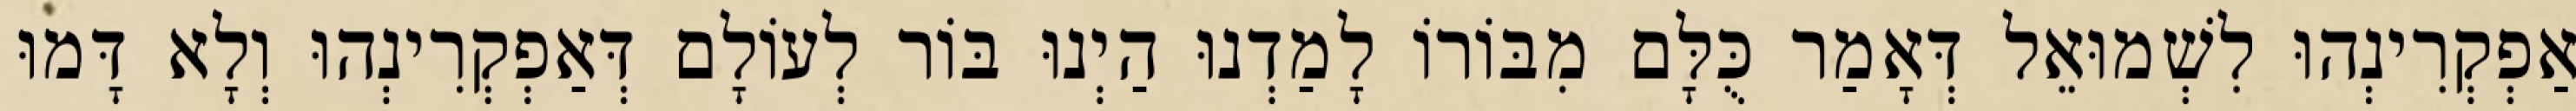
אַפְקְרִינְהוּ לִשְׁמוּאֵל דְּאָמַר כֻּלָּם מִבּוֹרוֹ לָמַדְנוּ הַיְנוּ בּוֹר לְעוֹלָם דְּאַפְקְרִינְהוּ וְלָא דָּמוּ